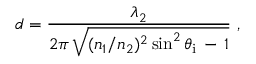
d = { \frac { \lambda _ { 2 } } { 2 \pi \, { \sqrt { ( n _ { 1 } / n _ { 2 } ) ^ { 2 } \sin ^ { 2 } \theta _ { \mathrm { i } } \, - \, 1 } } } } ~ ,